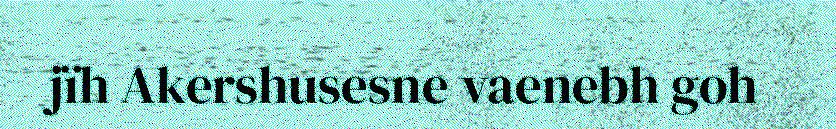
jïh Akershusesne vaenebh goh